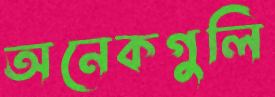
অনেকগুলি